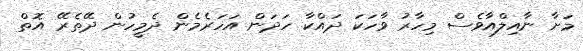
މަށާ ނާއިލްއާވެސް މިހާރު ވާހަކަ ދައްކާ ހަދަން އަހަރެމެން ދެމީހުން ދޭތެރޭ އޮތް